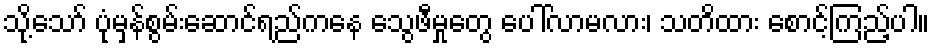
သို့သော် ပုံမှန်စွမ်းဆောင်ရည်ကနေ သွေဖီမှုတွေ ပေါ်လာမလား၊ သတိထား စောင့်ကြည့်ပါ။